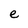
Character: e